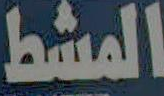
المشط